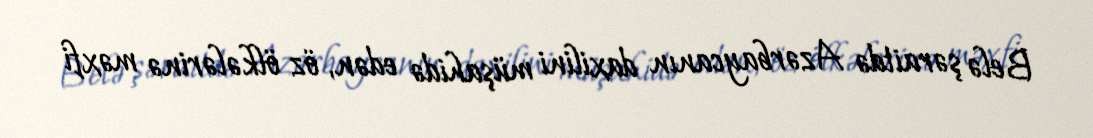
Belə şəraitdə Azərbaycanın daxilini müşahidə edən, öz ölkələrinə məxfi